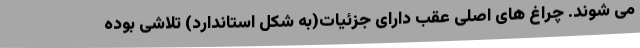
می شوند. چراغ های اصلی عقب دارای جزئیات(به شکل استاندارد) تلاشی بوده